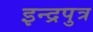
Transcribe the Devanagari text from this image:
इन्द्रपुत्र